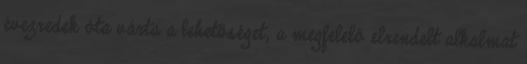
évezredek óta várta a lehetőséget, a megfelelő elrendelt alkalmat